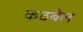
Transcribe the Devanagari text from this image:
कठबेल